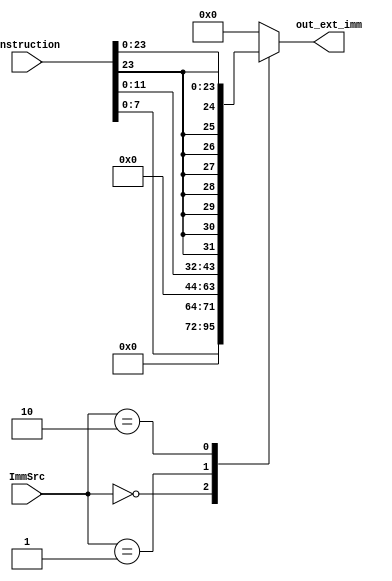
module extend_immediate #(parameter W = 32)
	(
	input [W-1:0] instruction,
	input [1:0] ImmSrc,
	output reg [W-1:0] out_ext_imm
	);
	
	always @(*)
		begin
			case (ImmSrc)
				2'b00: out_ext_imm = {24'b0 , instruction[7:0]};
				2'b01: out_ext_imm = {20'b0 , instruction[11:0]};
				2'b10: out_ext_imm = {{8{instruction[23]}}, instruction[23:0]};
				default: out_ext_imm = 0;
			endcase
		end
endmodule